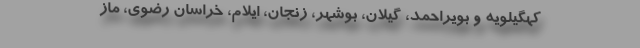
کهگیلویه و بویراحمد، گیلان، بوشهر، زنجان، ایلام، خراسان رضوی، ماز